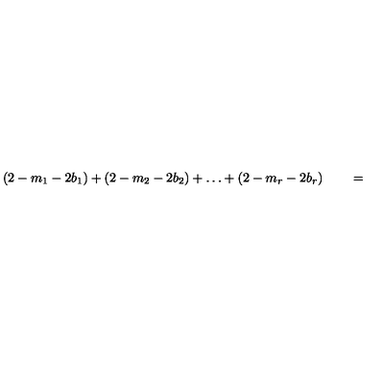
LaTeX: ( 2 - m _ { 1 } - 2 b _ { 1 } ) + ( 2 - m _ { 2 } - 2 b _ { 2 } ) + \ldots + ( 2 - m _ { r } - 2 b _ { r } ) \qquad =